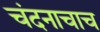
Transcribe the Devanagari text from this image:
चंदनाचाच